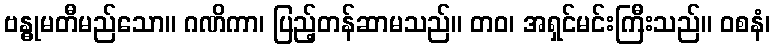
ဗန္ဓုမတီမည်သော။ ဂဏိကာ၊ ပြည့်တန်ဆာမသည်။ တဝ၊ အရှင်မင်းကြီးသည်။ ဝစနံ၊